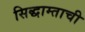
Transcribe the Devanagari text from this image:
सिद्धाम्ताची